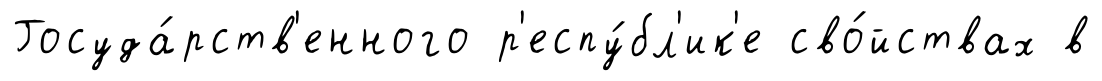
Госуда́рств'енного р'еспу́бл'ик'е сво́йствах в